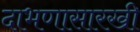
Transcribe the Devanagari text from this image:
दाभणासारखी